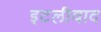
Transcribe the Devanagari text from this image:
इटलीवाद